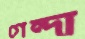
গেন্দা